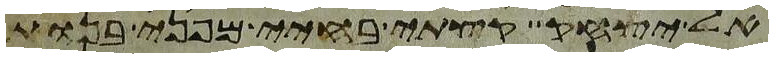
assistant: אל יצחק קצתי בחיי מפני בנות